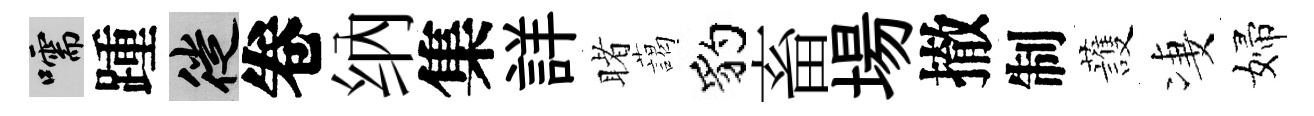
嚅踵徙卷纳集詳睹藹豹畜場撤制䕶凄婦